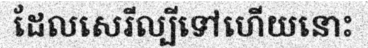
ដែលសេរីល្បីទៅហើយនោះ